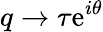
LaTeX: q\rightarrow\tau\mathrm{e}^{i\theta}